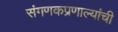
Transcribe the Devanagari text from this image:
संगणकप्रणाल्यांची